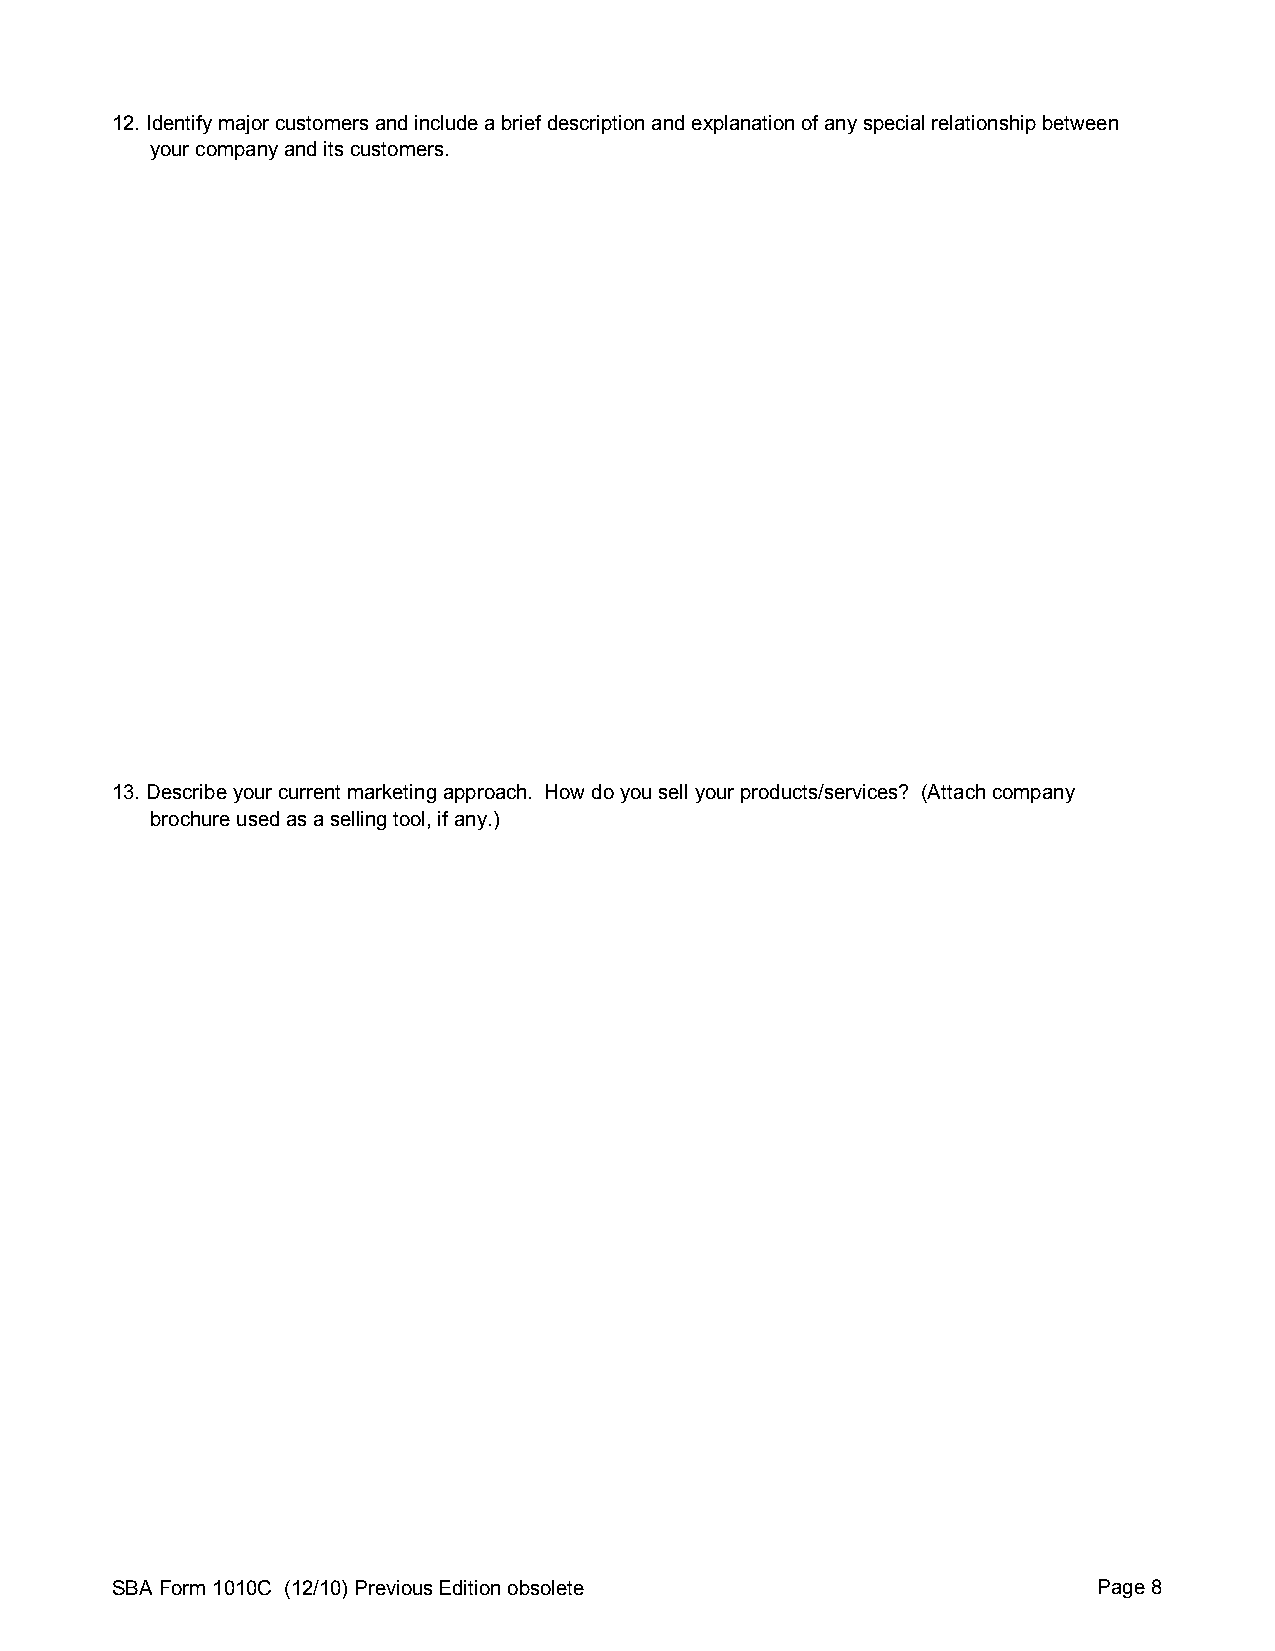
12. Identify major customers and include a brief description and explanation of any special relationship between
 your company and its customers.
 13. Describe your current marketing approach. How do you sell your products/services? (Attach company
 brochure used as a selling tool, if any.)
 SBA Form 1010C (12/10) Previous Edition obsolete                  Page 8